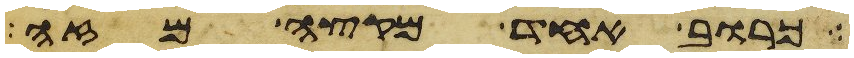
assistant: כרוב אחד מקצה מזה